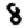
Digit: 8